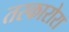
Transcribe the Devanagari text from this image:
तस्कारोरा